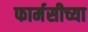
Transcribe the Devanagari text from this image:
फार्मसीच्या